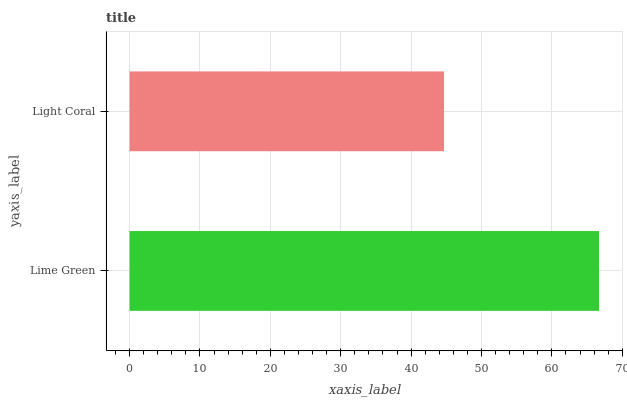
| yaxis_label | bars |
 | --- | --- |
 | Lime Green | 66.7 |
 | Light Coral | 44.7 |